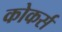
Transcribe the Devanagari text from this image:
कोकर्स